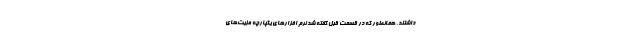
داشتند. همانطور که در قسمت قبل گفته شد نرم افزارهای یکپارچه مزیت‌های